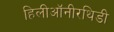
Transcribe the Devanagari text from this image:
हिलीऑनीरथिडी